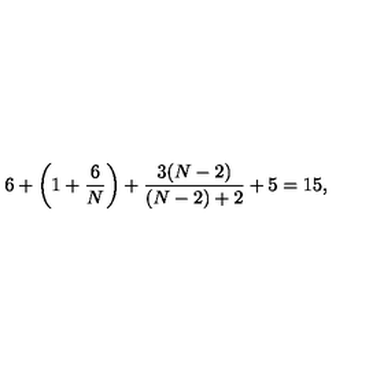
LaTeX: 6 + \left( 1 + \frac 6 N \right) + \frac { 3 ( N - 2 ) } { ( N - 2 ) + 2 } + 5 = 1 5 ,